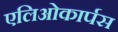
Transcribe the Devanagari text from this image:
एलिओकार्पस